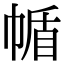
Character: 㡒